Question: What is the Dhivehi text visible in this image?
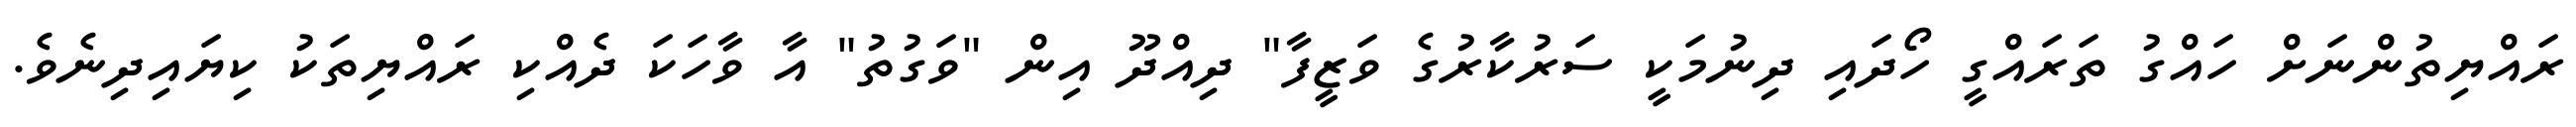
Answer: ރައްޔިތުންނަށް ހައްގު ތަރައްގީ ހޯދައި ދިނުމަކީ ސަރުކާރުގެ ވަޒީފާ" ދިއްދޫ އިން "ވަގުތު" އާ ވާހަކަ ދެއްކި ރައްޔިތަކު ކިޔައިދިނެވެ.